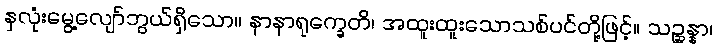
နှလုံးမွေ့လျော်ဘွယ်ရှိသော။ နာနာရုက္ခေတိ၊ အထူးထူးသောသစ်ပင်တို့ဖြင့်။ သဉ္ဆန္နာ၊